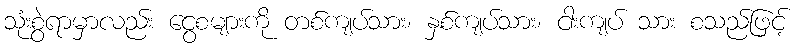
သုံးစွဲရာမှာလည်း ငွေစများကို တစ်ကျပ်သား၊ နှစ်ကျပ်သား၊ ငါးကျပ် သား စသည်ဖြင့်